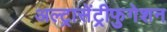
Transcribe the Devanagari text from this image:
अल्ट्रासेंट्रीफुगेशन